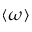
\langle \omega \rangle